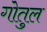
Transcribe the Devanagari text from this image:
गोतुल